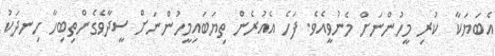
އެބަޔަކާ  ކުރި މީހުންނަށް މެނުވީއެވެ. ފަހެ އެއުރެން ތިޔަބައިމީހުންނަށް ސީދާވެގެންތިބިހާ ހިނދަކު